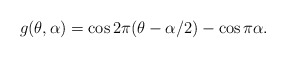
\begin{align*}g(\theta, \alpha) = \cos2\pi(\theta - \alpha/2) - \cos\pi\alpha.\end{align*}